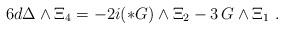
LaTeX: \begin{align*} 6 d\Delta\wedge \Xi_4 = -2i (*G) \wedge \Xi_2 -3 \,G \wedge\Xi_1\ .\end{align*}